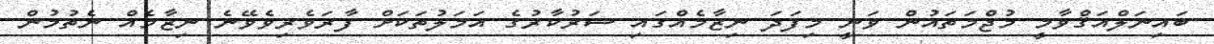
ބައިނަލްއަޤްވާމީ މުޖްމަތައުން ވަނީ މިފަދަ ނިޒާމެއްގައި ސަރުކާރުގެ އަމަލުތަކަށް ފާރަވެރިވެވޭނެ ނިޒާމެއް ނެތުމުން